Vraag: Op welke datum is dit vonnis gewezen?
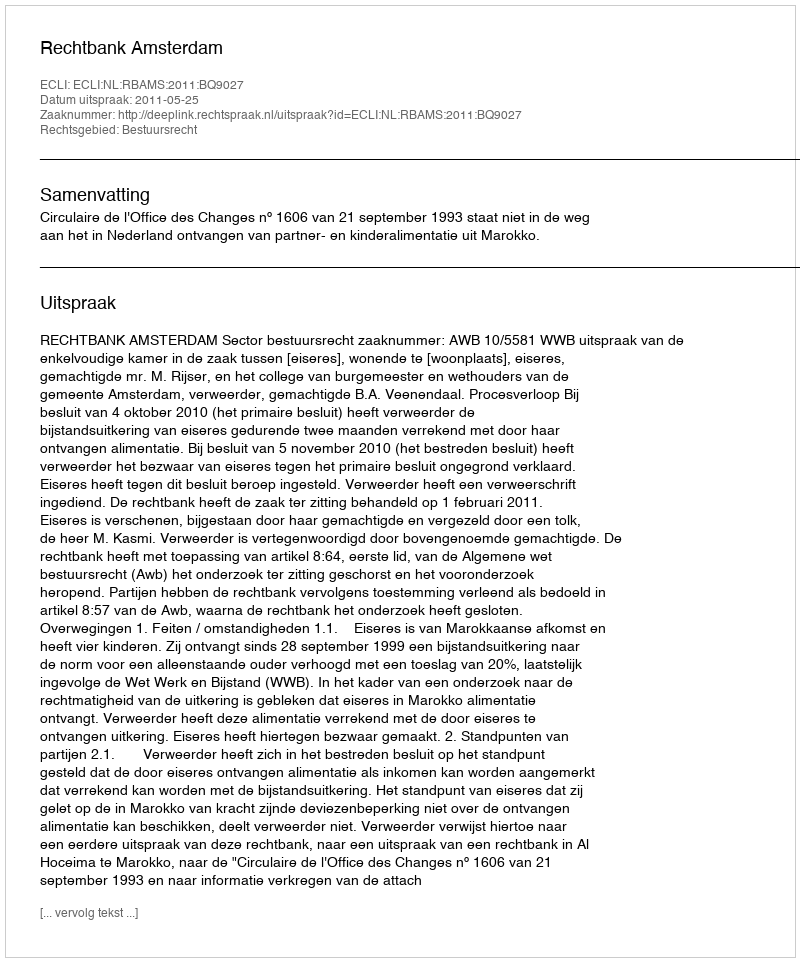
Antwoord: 2011-05-25